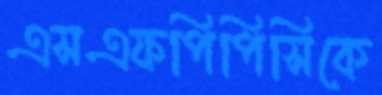
এসএফপিপিসিকে